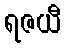
ရဇယီ